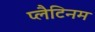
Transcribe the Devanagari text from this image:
प्लैटिनम